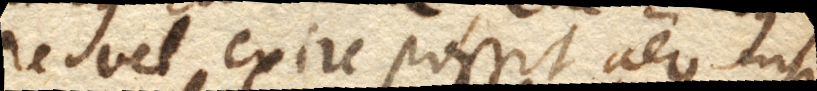
re vel exire possit aer, nisi